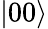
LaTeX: \left|00\right>